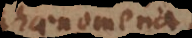
phaenomena,